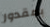
بمقدور